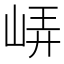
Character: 𡷟